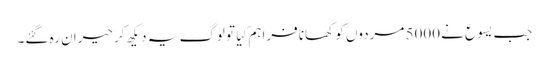
‏ جب یسوع نے 5000 مردوں کو کھانا فراہم کِیا تو لوگ یہ دیکھ کر حیران رہ گئے۔